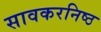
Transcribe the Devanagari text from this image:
सावकरनिष्ठ